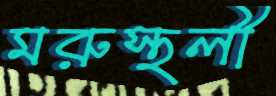
মরুস্থলী